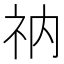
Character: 𫀃